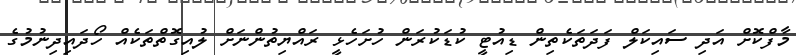
މާފްކޮށް އަދި ސައިކަލް ފަދަތަކެތިން ޑިއުޓީ ކުޑަކުރަން ހުށަހެޅީ ރައްޔިތުންނަށް ލުއިގޮތްތަކެއް ހޯދައިދިނުމުގެ